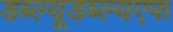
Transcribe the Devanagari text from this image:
डब्ल्यूडब्ल्यएफ